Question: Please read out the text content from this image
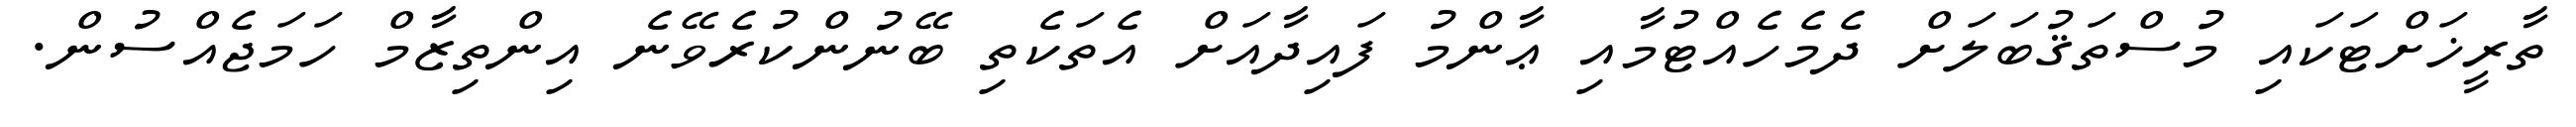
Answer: ތާރީޚަށްޓަކައި މުސްތަޤުބަލަށް ދެމެހެއްޓުމާއި ޢާންމު ފައިދާއަށް އެތަކެތި ބޭނުންކުރެވޭނެ އިންތިޒާމް ހަމަޖެއްސުން.